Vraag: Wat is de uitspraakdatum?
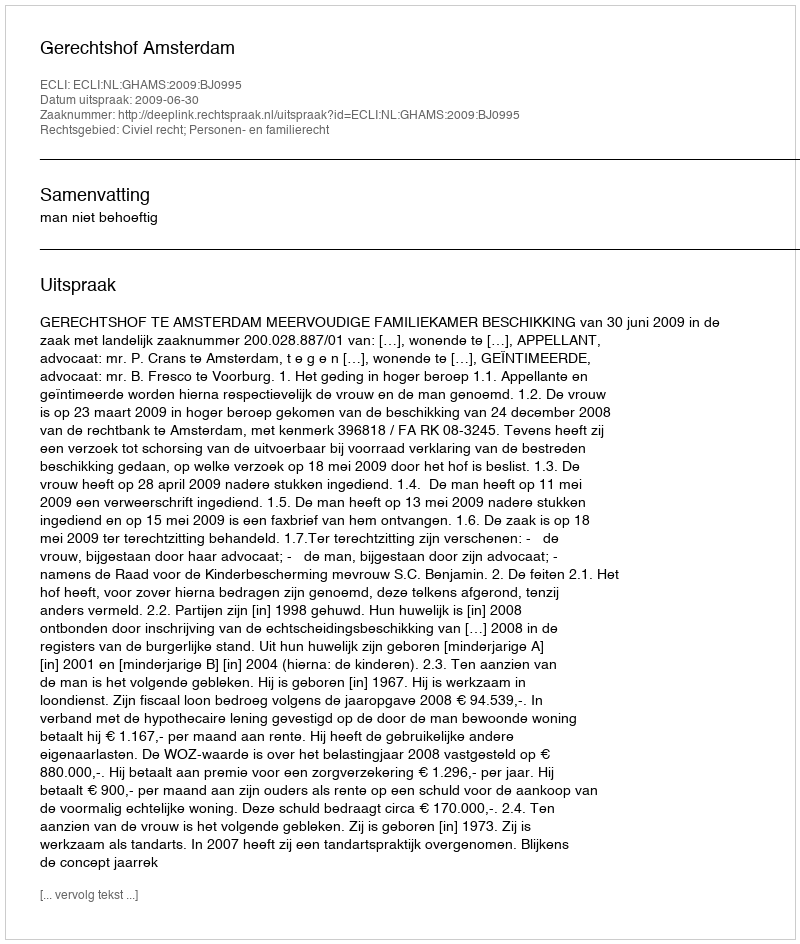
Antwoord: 2009-06-30